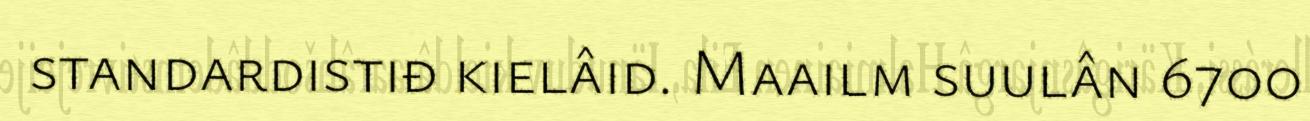
standardistiđ kielâid. Maailm suulân 6700